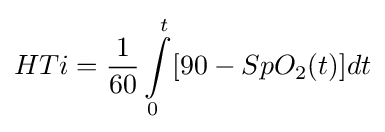
HTi={\frac {1}{60}}\int \limits _{0}^{t}[90-SpO_{2}(t)]dt